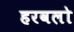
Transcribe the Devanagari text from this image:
हरवलो